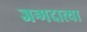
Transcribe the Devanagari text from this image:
जन्मदात्या